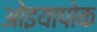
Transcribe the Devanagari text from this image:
ओइयापोक